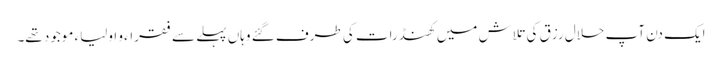
ایک دن آپ حلال رزق کی تلاش میں کھنڈرات کی طرف گئے وہاں پہلے سے فقراء و اولیاء موجود تھے۔